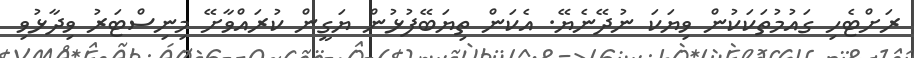
ރަށްޓެހި ގައުމުތަކަކުން ވިޔަކަ ނުދޭނެޔޭ. އެކަން ތިޔަބޭފުޅުން ޔަގީން ކުރައްވާށޭ މިނިސްޓަރު ވިދާޅުވި